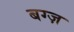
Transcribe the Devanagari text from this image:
बग्ज़